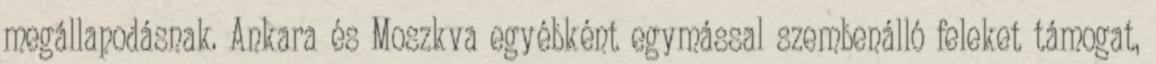
megállapodásnak. Ankara és Moszkva egyébként egymással szembenálló feleket támogat,